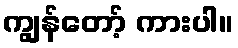
ကျွန်တော့် ကားပါ။